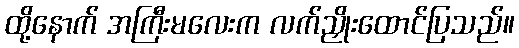
ထို့နောက် အကြီးမလေးက လက်ညှိုးထောင်ပြသည်။